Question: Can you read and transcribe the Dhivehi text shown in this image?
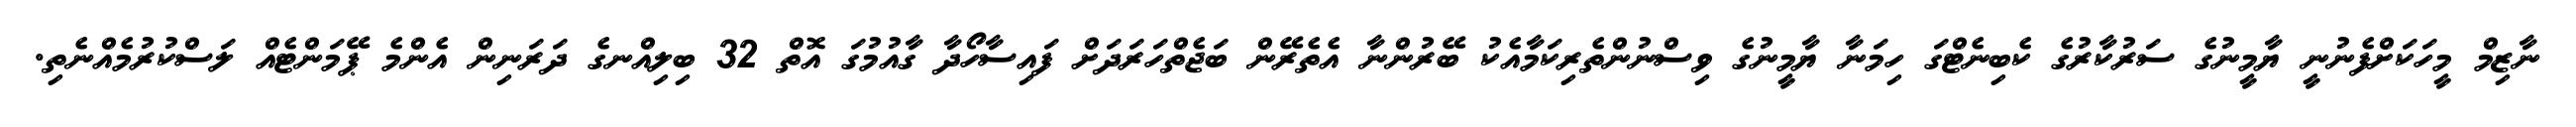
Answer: ނާޒިމް މީހަކަށްފެނުނީ ޔާމީނުގެ ސަރުކާރުގެ ކެބިނެޓްގަ ހިމަނާ ޔާމީނުގެ ވިސްނުންތެރިކަމާއެކު ބޭރުންނާ އެތެރޭން ބަޖެތްހަރަދަށް ފައިސާހޯދާ ގާއުމުގަ އޮތް 32 ބިލިއްނގެ ދަރަނިން އެންމެ ޕޭމަންޓެއް ލަސްކުރުމެއްނެތި.